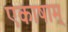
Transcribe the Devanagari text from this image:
एकाषाम्